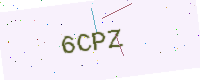
Text: 6CPZ